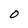
Character: O